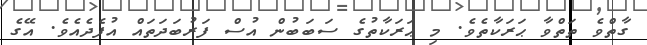
ގާތްވެ ތަތްވާ ޙަރަކާތެވެ. މި ޙަރަކާތުގެ ސަބަބުން އުސް ފަރުބަދަތައް އުފެދެއެވެ. އޭގެ